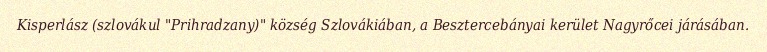
Kisperlász (szlovákul "Prihradzany)" község Szlovákiában, a Besztercebányai kerület Nagyrőcei járásában.